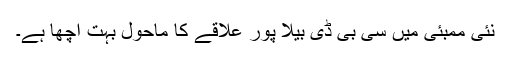
نئی ممبئی میں سی بی ڈی بیلا پور علاقے کا ماحول بہت اچھا ہے۔